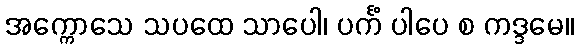
အက္ကောသေ သပထေ သာပေါ၊ ပင်္ကံ ပါပေ စ ကဒ္ဒမေ။